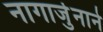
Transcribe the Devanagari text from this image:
नागार्जुनाने